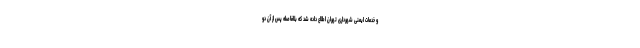
و خدمات ایمنی شهرداری تهران اطلاع داده شد که بلافاصله پس از آن دو